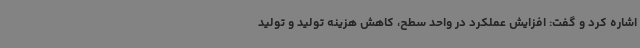
اشاره کرد و گفت: افزایش عملکرد در واحد سطح، کاهش هزینه تولید و تولید